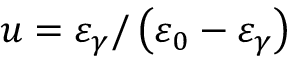
u = \varepsilon _ { \gamma } / \left( \varepsilon _ { 0 } - \varepsilon _ { \gamma } \right)